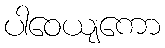
ပါဝေယျကော